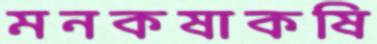
মনকষাকষি